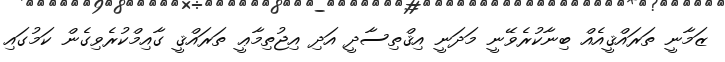
ޒަމާނީ ތަރައްޤީއެއް ބިނާކުރެވޭނީ މަދަނީ އިޤްތިސާދީ އަދި އިޖުތިމާޢީ ތަރައްޤީ ގާއިމްކުރެވިގެން ކަމުގައި